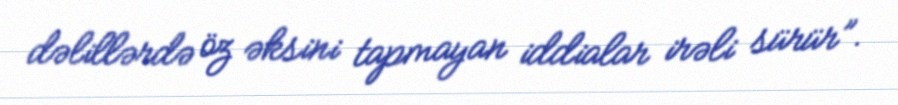
dəlillərdə öz əksini tapmayan iddialar irəli sürür”.